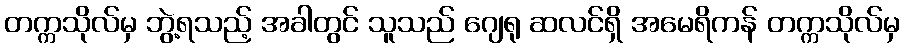
တက္ကသိုလ်မှ ဘွဲ့ရသည့် အခါတွင် သူသည် ဂျေရု ဆလင်ရှိ အမေရိကန် တက္ကသိုလ်မှ